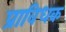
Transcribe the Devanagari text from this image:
प्राविधक